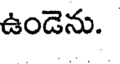
ఉండెను.